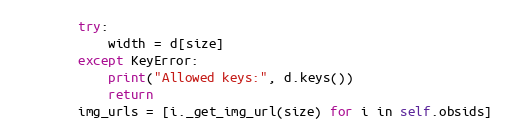
Language: Python
        try:
            width = d[size]
        except KeyError:
            print("Allowed keys:", d.keys())
            return
        img_urls = [i._get_img_url(size) for i in self.obsids]